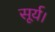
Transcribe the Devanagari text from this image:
सूर्य।